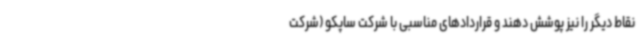
نقاط دیگر را نیز پوشش دهند و قراردادهای مناسبی با شرکت ساپکو (شرکت